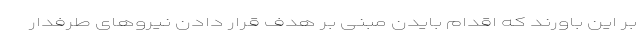
بر این باورند که اقدام بایدن مبنی بر هدف قرار دادن نیروهای طرفدار